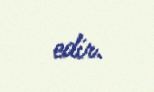
edir.